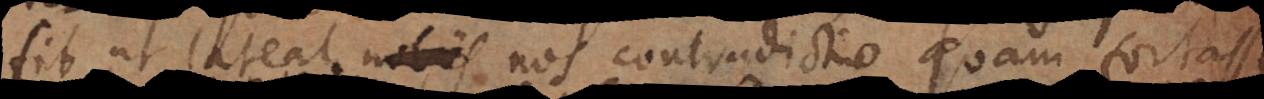
fit ut lateat nos contradictio, quam forte